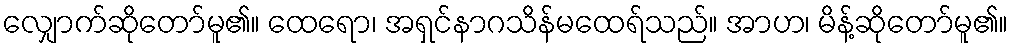
လျှောက်ဆိုတော်မူ၏။ ထေရော၊ အရှင်နာဂသိန်မထေရ်သည်။ အာဟ၊ မိန့်ဆိုတော်မူ၏။